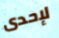
لإحدى